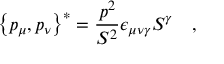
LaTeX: \left\{ p _ { \mu } , p _ { \nu } \right\} ^ { * } = \frac { p ^ { 2 } } { S ^ { 2 } } \epsilon _ { \mu \nu \gamma } S ^ { \gamma } \quad ,